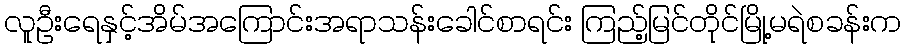
လူဦးရေနှင့်အိမ်အကြောင်းအရာသန်းခေါင်စာရင်း ကြည့်မြင်တိုင်မြို့မရဲစခန်းက